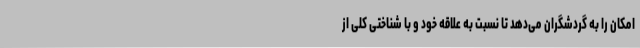
امکان را به گردشگران می‌دهد تا نسبت به علاقه خود و با شناختی کلی از